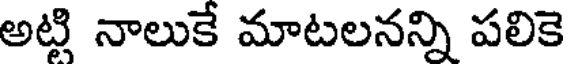
అట్టి నాలుకే మాటలనన్ని పలికె